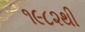
૧૯૮૨થી